system: You are a helpful assistant.
user:
Analyze the provided spectrum to determine if it is a **White Dwarf (WD)**.

A White Dwarf spectrum is defined by its **extreme purity** (due to gravitational settling) and/or **extreme pressure broadening** (due to high surface gravity). You must check for one of the following mutually exclusive signatures:

- **Key Visual Indicators (Check for ONE of these types):**

    - **1. DA-Type Signature (Most Common):**
        - **(Primary Feature):** Extreme pressure broadening (Stark broadening) of the **Hydrogen (H) Balmer lines**.
        - **(Key Lines):** $H\beta$ (approx. $4861$ Å) and $H\gamma$ (approx. $4340$ Å). $H\alpha$ (approx. $6563$ Å) will also be present if the wavelength range covers it.
        - **(Line Profile):** This is the **defining feature**. The lines are **NOT** sharp. They appear as massive, **extremely broad and deep "troughs" or "dips"** in the spectrum, often hundreds of Ångströms wide. The continuum will appear to "scoop" down at these wavelengths.
        - **(Distinction):** Normal A-type or B-type stars have *narrow* and *sharp* Hydrogen lines. A DA White Dwarf's lines are unmistakably "smeared" or "blurry" from pressure.

    - **2. DB-Type Signature:**
        - **(Primary Feature):** Broad absorption lines from **Neutral Helium (He I)**. The spectrum must lack any visible Hydrogen lines.
        - **(Key Lines):** Look for broad absorption near $4471$ Å, $4921$ Å, and $5876$ Å.
        - **(Line Profile):** These lines are also significantly pressure-broadened, appearing much wider than they would in a normal B-type main-sequence star.

    - **3. DC-Type Signature:**
        - **(Primary Feature):** A **featureless continuous spectrum**.
        - **(Line Profile):** The spectrum is a smooth curve with **no significant absorption or emission lines**.
        - **(Key Confirmation):** The continuum is almost always **blue or white**, indicating a hot object. This signature implies the atmosphere is so pure (or so cool) that no spectral lines are visible in the optical range. Its WD identity is confirmed by its extremely low intrinsic brightness (high absolute magnitude).

    - **4. DZ-Type Signature (Metal-Polluted):**
        - **(Primary Feature):** **Isolated, narrow metal absorption lines** on an otherwise featureless (DC-like) continuum.
        - **(Key Lines):** The **Calcium (Ca II) H & K doublet** (approx. **$3934$ Å** and **$3968$ Å**) is the most common and defining feature.
        - **(Line Profile):** These lines are "out of place." They are *not* part of a "forest" of thousands of lines. This signature is evidence of recent *accretion* (pollution) from rocky debris.
        - **(Distinction):** Normal G/K/M stars have a *dense forest* of thousands of metal lines. A DZ has a *clean* continuum with *only a few* strong metal lines.

    - **5. DQ-Type Signature (Carbon-Polluted):**
        - **(Primary Feature):** Absorption bands from **Carbon (C₂ "Swan Bands" or atomic C I)**.
        - **(Key Lines - C₂):** Look for bandheads with a "saw-tooth" shape near $5635$ Å, **$5165$ Å** (strongest), and $4737$ Å.
        - **(Key Confirmation):** The underlying **continuum must be blue or white** (hot).
        - **(Distinction):** This is the critical difference from a **Carbon Star**, which has the *exact same* C₂ bands but on an extremely **red, cool** continuum.

- **(Overall Spectrum):**
    - The continuum (overall shape) is typically **blue-sloping** (brighter in the blue than the red), as most white dwarfs are very hot.
    - The spectrum will look "pure" or "simple," dominated by only *one* of the five signatures listed above.

Think first, call **spectral_visualization_tool** if needed to examine features in detail, then provide your final answer. Your response must adhere to the following strict rules:
1.  **Overall Structure:** Your response must follow the format `<think>...</think> <tool_call>...</tool_call> (if a tool is used) <answer>...</answer>`.
2.  **Tool Usage Constraint:** You may only make **one** tool call per turn.
3.  **Final Answer Format:** In the `<answer>` tag, your conclusion must be inside a `\boxed{}` command (e.g., `\boxed{YES}` or `\boxed{NO}`), followed by your justification.

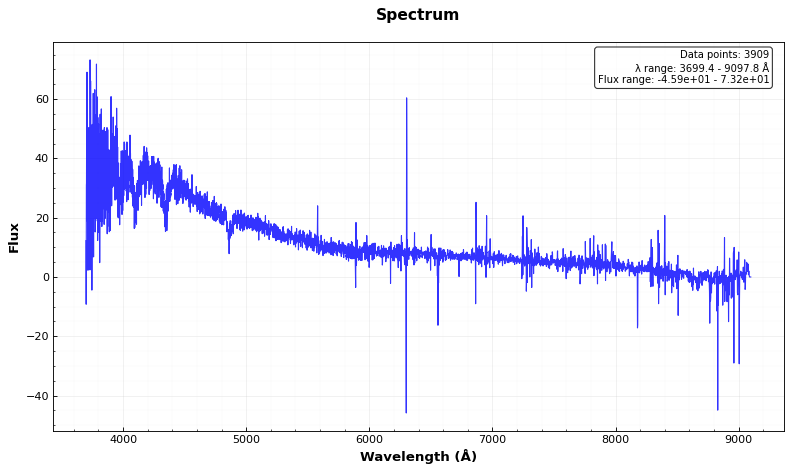
Answer: YES